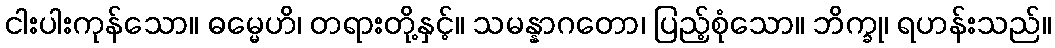
ငါးပါးကုန်သော။ ဓမ္မေဟိ၊ တရားတို့နှင့်။ သမန္နာဂတော၊ ပြည့်စုံသော။ ဘိက္ခု၊ ရဟန်းသည်။